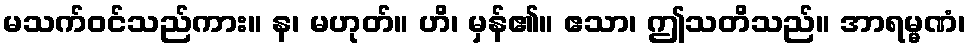
မသက်ဝင်သည်ကား။ န၊ မဟုတ်။ ဟိ၊ မှန်၏။ ဧသာ၊ ဤသတိသည်။ အာရမ္မဏံ၊